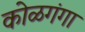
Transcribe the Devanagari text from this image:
कोळगंगा